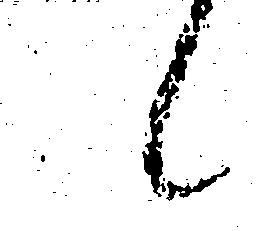
候